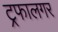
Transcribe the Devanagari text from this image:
ट्रफालगर